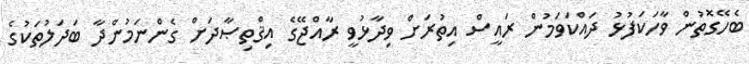
ބެހޭގޮތުން ވާހަކަފުޅު ދައްކަވަމުން ރައީސް އިތުރަށް ވިދާޅުވީ ރާއްޖޭގެ އިޤްތިޞާދަށް ގެންނަމުންދާ ބަދަލުތަކުގެ